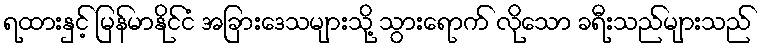
ရထားနှင့် မြန်မာနိုင်ငံ အခြားဒေသများသို့ သွားရောက် လိုသော ခရီးသည်များသည်